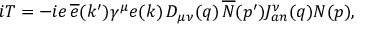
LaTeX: i T = - i e \, \overline { { { e } } } ( k ^ { \prime } ) \gamma ^ { \mu } e ( k ) \, D _ { \mu \nu } ( q ) \, \overline { { { N } } } ( p ^ { \prime } ) J _ { a n } ^ { \nu } ( q ) N ( p ) ,